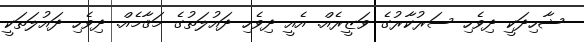
ޝާހިދަކީ ދިވެހި ސަރުކާރުގެ ވަޒީރެއް. އެއީ ދިވެހި ދައުލަތުގެ މަޤާމެއް. ދިވެހި ދައުލަތަކީ